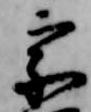
宗